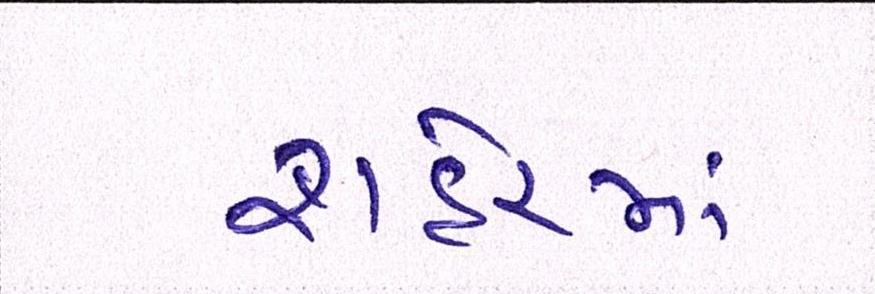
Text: શહેરમાં